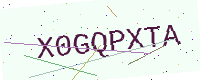
Text: X0GQPXTA